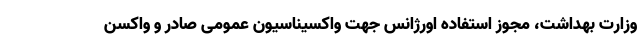
وزارت بهداشت، مجوز استفاده اورژانس جهت واکسیناسیون عمومی صادر و واکسن